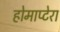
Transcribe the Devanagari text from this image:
होमाप्टेरा